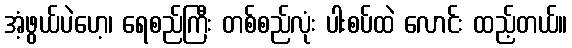
အံ့ဖွယ်ပဲဟေ့၊ ရေစည်ကြီး တစ်စည်လုံး ပါးစပ်ထဲ လောင်း ထည့်တယ်။